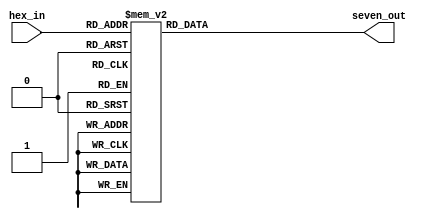
/*
Author: Spence Johnston
Module: BCD to hex decoder 
Purpose: 
	takes 4 bit (single hex) value, outputs as seven segment display line.
*/
module bcd_hex_decoder (
	input [3:0] hex_in,
	output reg [6:0] seven_out
);

always @ (hex_in)
begin					//not these for dev board, active low segs
	case (hex_in)
	4'b0000:      //Hexadecimal 0
		seven_out = 7'b1000000;
	4'b0001:    	//Hexadecimal 1
		seven_out = 7'b1111001;
	4'b0010:  		// Hexadecimal 2
		seven_out = 7'b0100100; 
	4'b0011: 		// Hexadecimal 3
		seven_out = 7'b0110000;
	4'b0100:			// Hexadecimal 4
		seven_out = 7'b0011001;
	4'b0101:			// Hexadecimal 5
		seven_out = 7'b0010010;  
	4'b0110:			// Hexadecimal 6
		seven_out = 7'b0000010;
	4'b0111:			// Hexadecimal 7
		seven_out = 7'b1111000;
	4'b1000:     	//Hexadecimal 8
		seven_out = 7'b0000000;
	4'b1001:    	//Hexadecimal 9
		seven_out = 7'b0010000;
	4'b1010:  		// Hexadecimal A
		seven_out = 7'b0001000;	
	4'b1011: 		// Hexadecimal B
		seven_out = 7'b0000011;
	4'b1100:			// Hexadecimal C
		seven_out = 7'b1000110;
	4'b1101:			// Hexadecimal D
		seven_out = 7'b0100001;
	4'b1110:			// Hexadecimal E
		seven_out = 7'b0000110;
	4'b1111:			// Hexadecimal F
		seven_out = 7'b0001110;
	endcase
end

endmodule